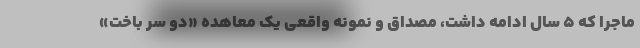
ماجرا که ۵ سال ادامه داشت، مصداق و نمونه واقعی یک معاهده «دو سر باخت»